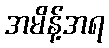
အမိန့်အရ